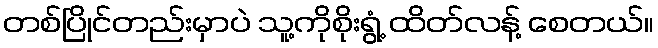
တစ်ပြိုင်တည်းမှာပဲ သူ့ကိုစိုးရွံ့ ထိတ်လန့် စေတယ်။